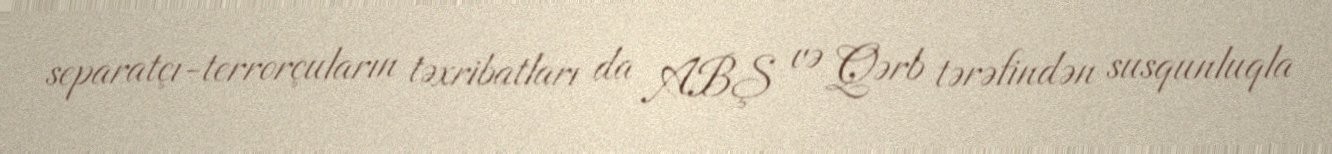
separatçı-terrorçuların təxribatları da ABŞ və Qərb tərəfindən susqunluqla